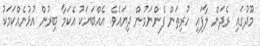
މޫދުގައި ރެދަން ލާފައި ހުރިތަން ފެންނަމުން ދިޔައެވެ. އެއްބަޔަކު އެކަމާ ބިރުން އުޅުނެއްކަމަކު